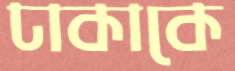
ঢাকাকে